Lunatic asylums Punjab 1881-1894 - 1881-1894
Year: 1881
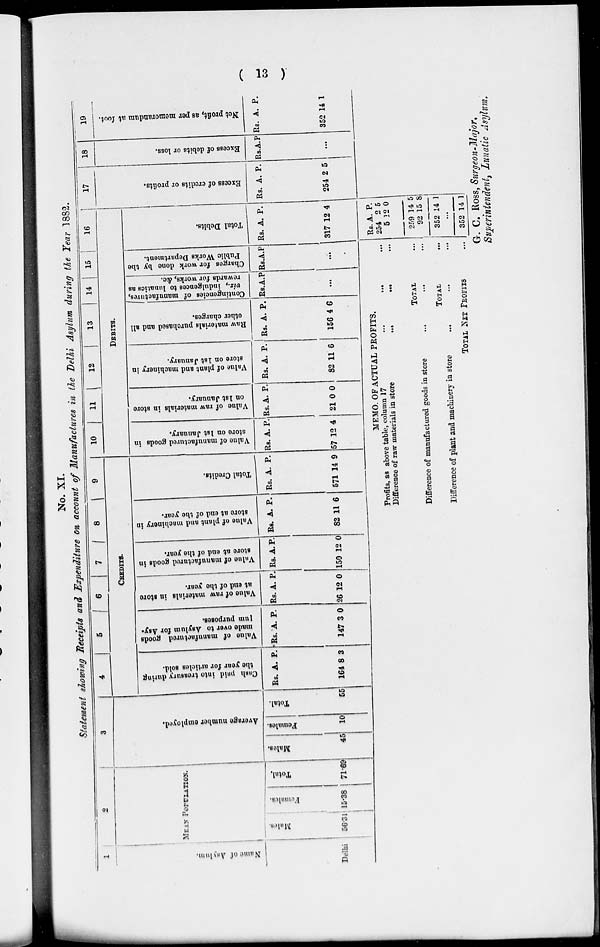
( 13 )
No. XI.
Statement showing Receipts and Expenditure on account of Manufactures in the Delhi Asylum during the Year 1882.
1
Name of Asylum.
Delhi
2
MEAN POPULATION.
Males.
56.31
Females.
15.38
Total.
71.69
3
Average
number employed.
Males.
45
Females.
10
Total.
55
4
5
6
7
8
8
CREDITS.
Cas h paid i nt o t
r eas ur y during
the year for articles sold.
Rs.
164
A.
8
P.
3
Value of manufactured goods
made over to Asyl um for Asy-
lum purposes.
Rs.
147
A.
3
P.
0
Value of raw materials in store
at end of the year.
Rs.
26
A.
12
P.
0
Value of manufactured goods in
store at end of the year.
Rs.
150
A.
12
P.
0
Value of plant and machinery in
store at end of the year.
Rs.
82
A.
11
P.
6
Total Credits.
Rs.
571
A.
14
P.
9
10
11 12
13
14
15
16
DEBITS.
Value of manufactured goods in
store on 1st J anuar y.
Rs.
57
A.
12
P.
4
Value of raw materials in store
on 1st J anuar y.
Rs.
21
A.
0
P.
0
Val ue of p l a n t a n d m a c h i n e r y in
store on 1st January.
Rs.
82
A.
11
P.
6
Ra w materials purchased and all
other charges.
Rs.
156
A.
4
P.
6
Cont i
nge nc i
e s of manufactures,
viz., indulgences to l
unat i
cs as
rewards for wor ks, &c.
Rs. A. P.
...
Charges for work done by the
Public Works Department.
Rs. A. P.
...
Total Debi t
s.
Rs.
317
A.
12
P.
4
17
Exces s of c r e d i t s or profits.
Rs.
254
A.
2
P.
5
18
Exces s of d e b i t s or l oss.
Rs. A. P.
...
19
Net p r o f i t , as per m e m o r a n d u m at foot .
Rs.
352
A.
14
P.
1
MEMO. OF ACTUAL PROFITS.
Profits, as above table, column 17
...
...
...
Difference of raw materials in store
...
...
...
TOTAL ...
Difference of manufactured goods in store ... ... ...
TOTAL ...
Difference of plant and machinery in store ... ... ...
TOTAL NET PROFITS ...
Rs.
254
5
259
92
352
A.
2
12
14
15
14
P.
5
0
5
8
1
...
352 14 1
G. C. ROSS, Surgeon-Major,
Superintendent, Lunatic Asylum.